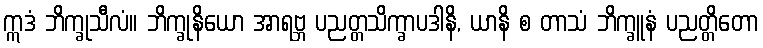
ဣဒံ ဘိက္ခုသီလံ။ ဘိက္ခုနိယော အာရဗ္ဘ ပညတ္တသိက္ခာပဒါနိ, ယာနိ စ တာသံ ဘိက္ခူနံ ပညတ္တိတော